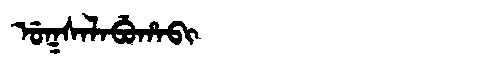
Manchu: ᡠᡴᠰᠠᠯᠠᠪᡠᡥᠠᠪᡳ
Romanization: UKSALABUHABI